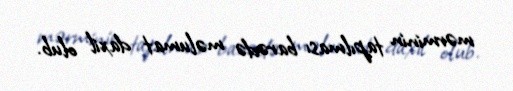
mərminin tapılması barədə məlumat daxil olub.